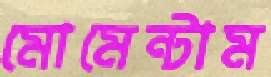
মোমেন্টাম